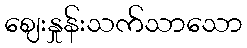
ဈေးနှုန်းသက်သာသော